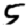
Digit: 5